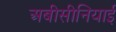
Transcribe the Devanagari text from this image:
अबीसीनियाई